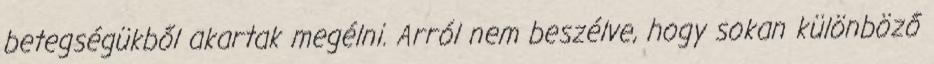
betegségükből akartak megélni. Arról nem beszélve, hogy sokan különböző